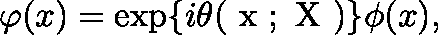
\varphi ( x ) = \exp \{ i \theta ( \mathrm { \boldmath ~ x ~ } ; \mathrm { \boldmath ~ X ~ } ) \} \phi ( x ) ,